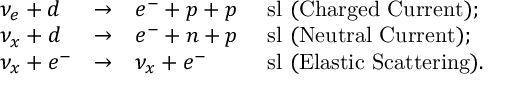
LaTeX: \begin{array} { l l l l l } { { \nu _ { e } + d } } & { { \to } } & { { e ^ { - } + p + p } } & { { \mathrm { { \ s l ~ ( C h a r g e d ~ C u r r e n t ) } ; } } } \\ { { \nu _ { x } + d } } & { { \to } } & { { e ^ { - } + n + p } } & { { \mathrm { { \ s l ~ ( N e u t r a l ~ C u r r e n t ) } ; } } } \\ { { \nu _ { x } + e ^ { - } } } & { { \to } } & { { \nu _ { x } + e ^ { - } } } & { { \mathrm { { \ s l ~ ( E l a s t i c ~ S c a t t e r i n g ) } . } } } \end{array}